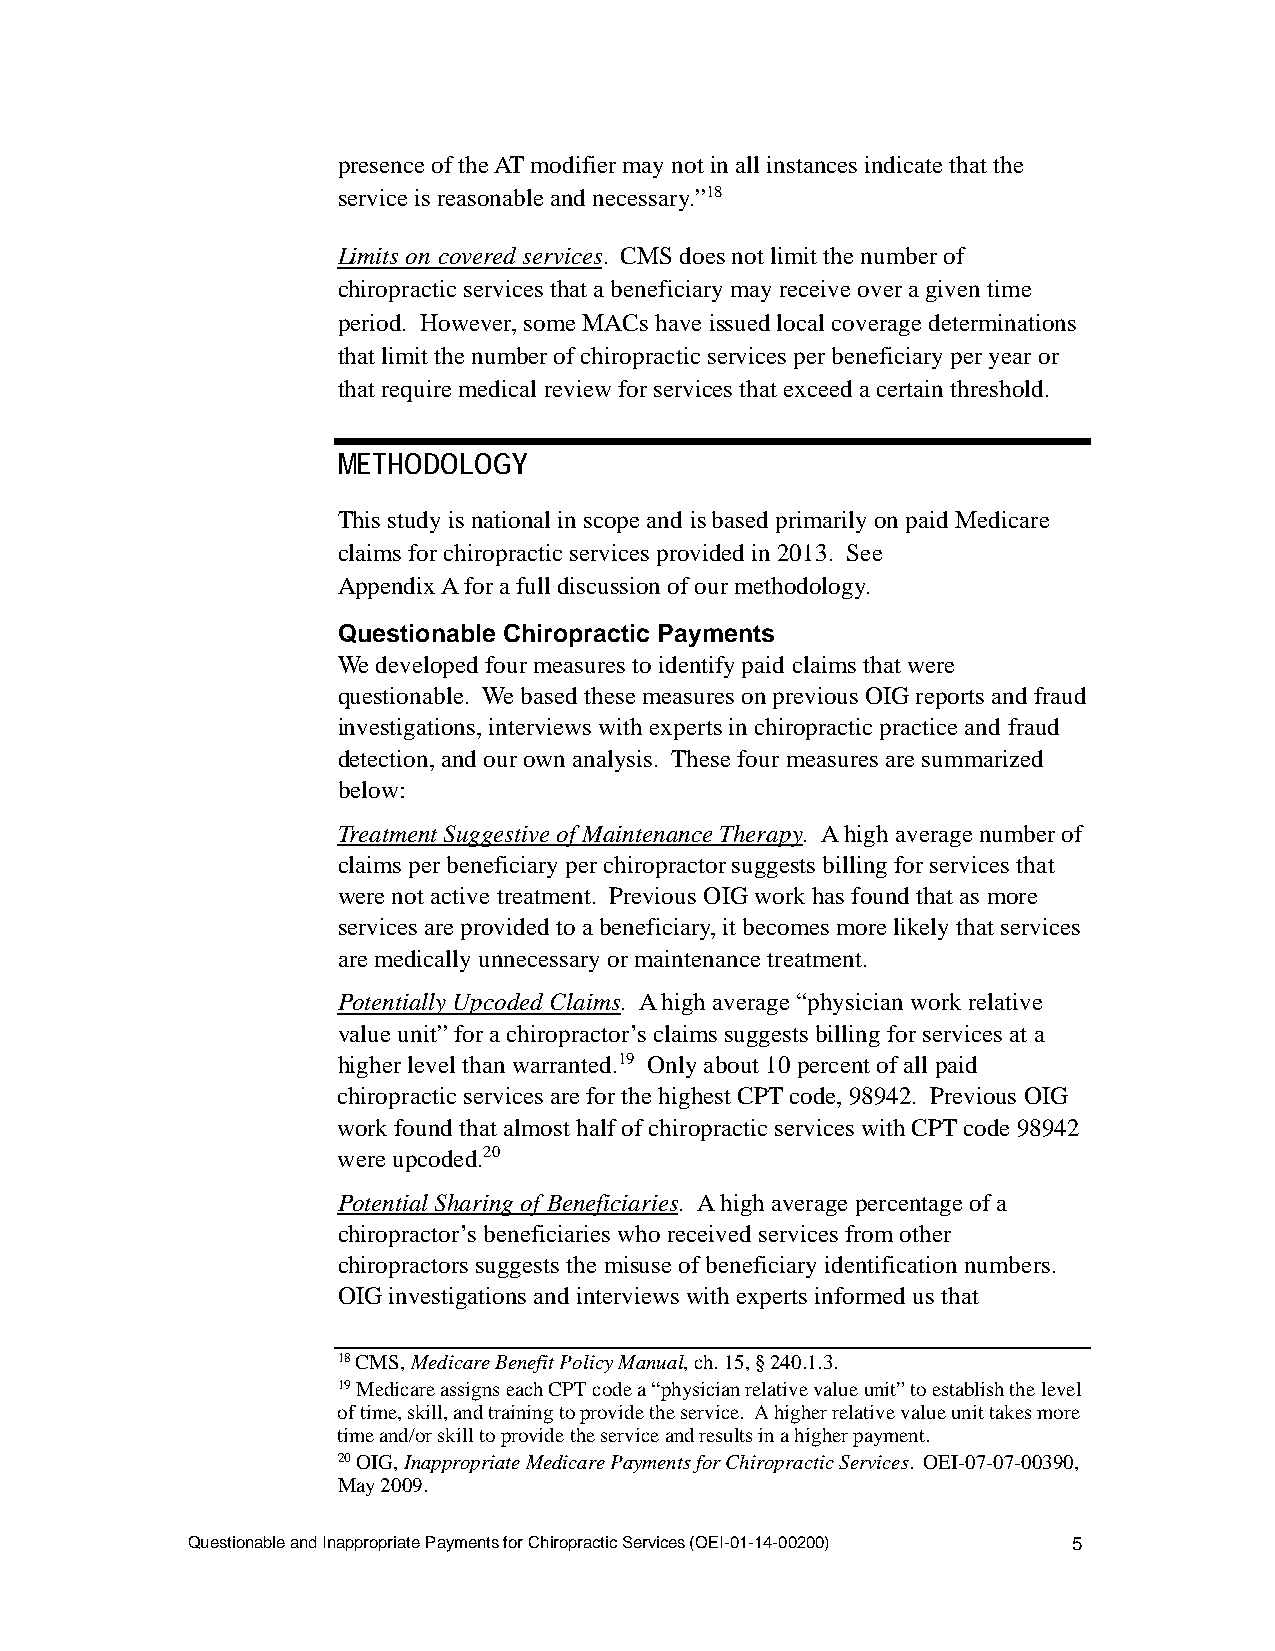
presence of the AT modifier may not in all instances indicate that the
 service is reasonable and necessary.”18
 Limits on covered services. CMS does not limit the number of
 chiropractic services that a beneficiary may receive over a given time
 period. However, some MACs have issued local coverage determinations
 that limit the number of chiropractic services per beneficiary per year or
 that require medical review for services that exceed a certain threshold.
 METHODOLOGY
 This study is national in scope and is based primarily on paid Medicare
 claims for chiropractic services provided in 2013. See
 Appendix A for a full discussion of our methodology.
 Questionable Chiropractic Payments
 We developed four measures to identify paid claims that were
 questionable. We based these measures on previous OIG reports and fraud
 investigations, interviews with experts in chiropractic practice and fraud
 detection, and our own analysis. These four measures are summarized
 below:
 Treatment Suggestive of Maintenance Therapy. A high average number of
 claims per beneficiary per chiropractor suggests billing for services that
 were not active treatment. Previous OIG work has found that as more
 services are provided to a beneficiary, it becomes more likely that services
 are medically unnecessary or maintenance treatment.
 Potentially Upcoded Claims. A high average “physician work relative
 value unit” for a chiropractor’s claims suggests billing for services at a
 higher level than warranted.19 Only about 10 percent of all paid
 chiropractic services are for the highest CPT code, 98942. Previous OIG
 work found that almost half of chiropractic services with CPT code 98942
 were upcoded.20
 Potential Sharing of Beneficiaries. A high average percentage of a
 chiropractor’s beneficiaries who received services from other
 chiropractors suggests the misuse of beneficiary identification numbers.
 OIG investigations and interviews with experts informed us that
 18 CMS, Medicare Benefit Policy Manual, ch. 15, § 240.1.3.
 19 Medicare assigns each CPT code a “physician relative value unit” to establish the level
 of time, skill, and training to provide the service. A higher relative value unit takes more
 time and/or skill to provide the service and results in a higher payment.
 20 OIG, Inappropriate Medicare Payments for Chiropractic Services. OEI-07-07-00390,
 May 2009.
 Questionable and Inappropriate Payments for Chiropractic Services (OEI-01-14-00200) 5